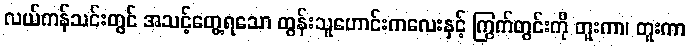
လယ်ကန်သင်းတွင် အသင့်တွေ့ရသော ထွန်းသူဟောင်းကလေးနှင့် ကြွက်တွင်းကို တူးကာ၊ တူးကာ